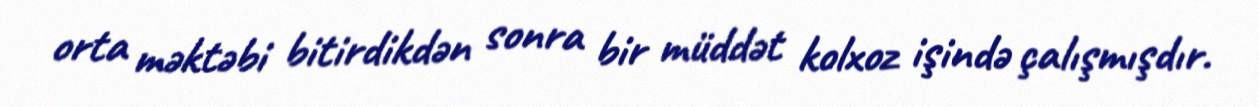
orta məktəbi bitirdikdən sonra bir müddət kolxoz işində çalışmışdır.